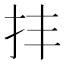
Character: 𢪋